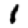
Digit: 1